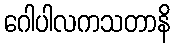
ဂေါပါလကသတာနိ